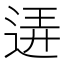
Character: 𨓡